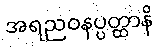
အရညဝနပ္ပတ္ထာနိ